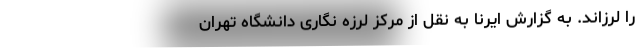
را لرزاند. به گزارش ایرنا به نقل از مرکز لرزه نگاری دانشگاه تهران